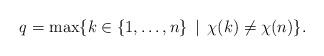
LaTeX: \begin{align*}q = \max\{ k \in \{1,\ldots, n\} \, \mid \, \chi(k) \neq \chi(n)\}.\end{align*}